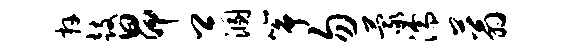
卉鼓昂卿溷筝勿蒙濡蓊